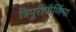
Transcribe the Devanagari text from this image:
त्रिपुरीपौर्णिमा